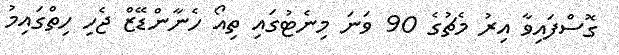
ގޮސްފައިވާ އިރު މެޗުގެ 90 ވަނަ މިނެޓުގައި ތިއޯ ހެނާންޑޭޒް ޖެހި ހިތްގައިމު